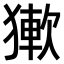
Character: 𤡋